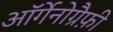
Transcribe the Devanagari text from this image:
ऑर्गेनोग्रैफ़ी